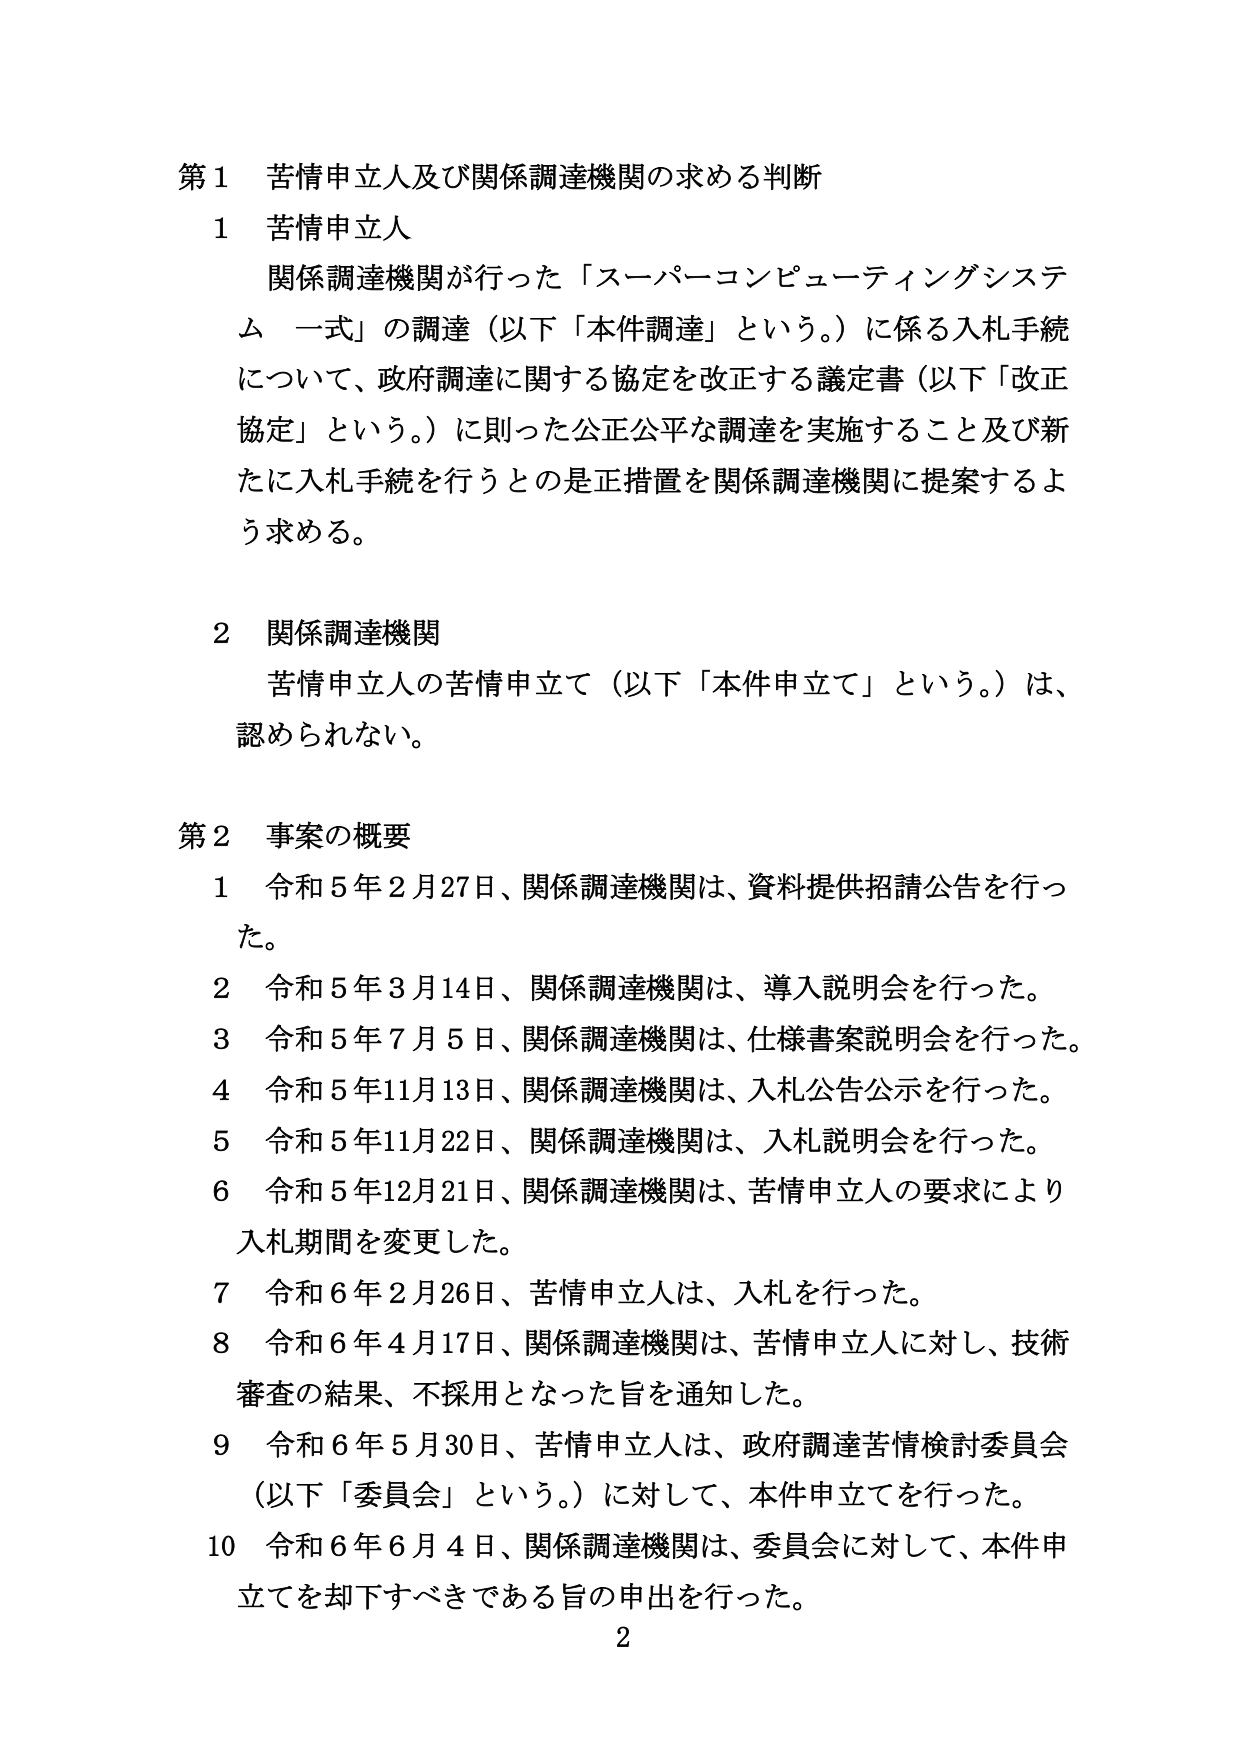
第1 苦情申立人及び関係調達機関の求める判断
1 苦情申立人
　関係調達機関が行った「スーパーコンピューティングシステム 一式」の調達（以下「本件調達」という。）に係る入札手続について、政府調達に関する協定を改正する議定書（以下「改正協定」という。）に則った公正公平な調達を実施すること及び新たに入札手続を行うとの是正措置を関係調達機関に提案するよう求める。

2 関係調達機関
　苦情申立人の苦情申立て（以下「本件申立て」という。）は、認められない。

第2 事案の概要
1 令和5年2月27日、関係調達機関は、資料提供招請公告を行った。
2 令和5年3月14日、関係調達機関は、導入説明会を行った。
3 令和5年7月5日、関係調達機関は、仕様書案説明会を行った。
4 令和5年11月13日、関係調達機関は、入札公告公示を行った。
5 令和5年11月22日、関係調達機関は、入札説明会を行った。
6 令和5年12月21日、関係調達機関は、苦情申立人の要求により入札期間を変更した。
7 令和6年2月26日、苦情申立人は、入札を行った。
8 令和6年4月17日、関係調達機関は、苦情申立人に対し、技術審査の結果、不採用となった旨を通知した。
9 令和6年5月30日、苦情申立人は、政府調達苦情検討委員会（以下「委員会」という。）に対して、本件申立てを行った。
10 令和6年6月4日、関係調達機関は、委員会に対して、本件申立てを却下すべきである旨の申出を行った。
2